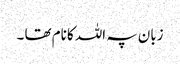
زبان پہ اللہ کا نام تھا ۔